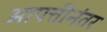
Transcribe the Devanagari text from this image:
आपत्तीनंतर